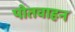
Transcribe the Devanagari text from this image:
पोतवाहन